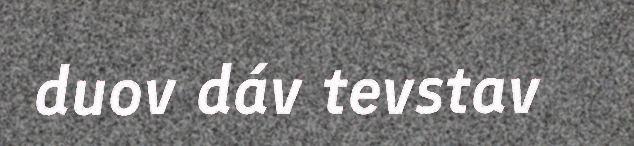
duov dáv tevstav